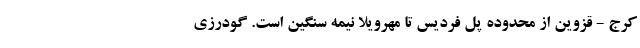
کرج - قزوین از محدوده پل فردیس تا مهرویلا نیمه سنگین است. گودرزی